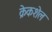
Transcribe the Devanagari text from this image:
क्रेकशेल